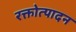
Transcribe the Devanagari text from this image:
रक्तोत्पादन